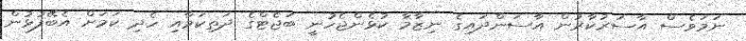
ނަމަވެސް އާސަރުކާރުން އާސަންދައިގެ ނިޒާމާ ކުޅެންޖެހުނީ ބަޖެޓްގެ ދަތިކަމާއި ހެދި ކަމަށް އެބޭފުޅުން